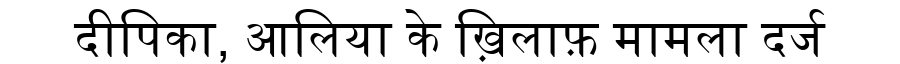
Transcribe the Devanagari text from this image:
दीपिका, आलिया के ख़िलाफ़ मामला दर्ज